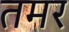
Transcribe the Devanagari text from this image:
तमर